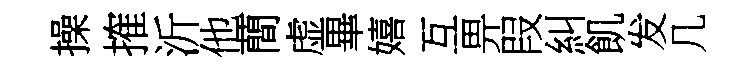
操搉沂他蕳虚畢嬉互畀叚糾飢发几